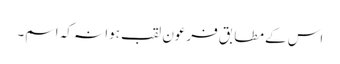
اس کے مطابق فرعون لقب ہوا نہ کہ اسم۔